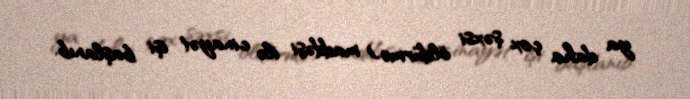
ya daha çox şəxsi öldürmə) maddəsi ilə cinayət işi başlanıb.